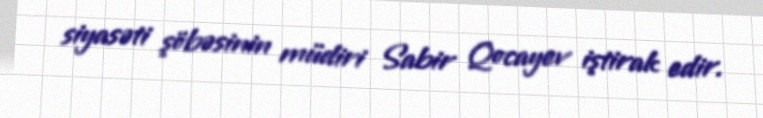
siyasəti şöbəsinin müdiri Sabir Qocayev iştirak edir.